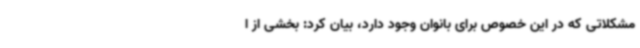
مشکلاتی که در این خصوص برای بانوان وجود دارد، بیان کرد: بخشی از ا